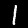
Digit: 1